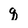
Character: q